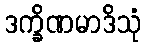
ဒက္ခိဏမာဒိသုံ